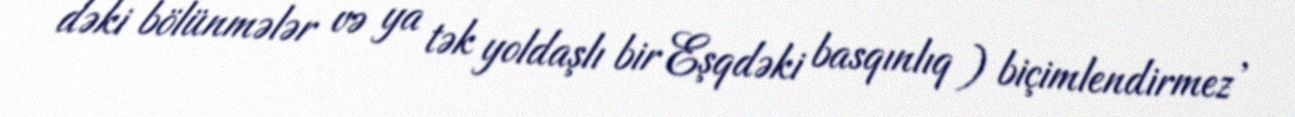
dəki bölünmələr və ya tək yoldaşlı bir Eşqdəki basqınlıq ) biçimlendirmez ,